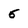
Character: 5